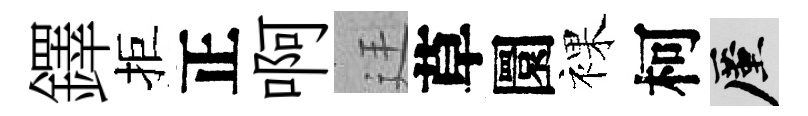
鐸拒正啊廷草圜裸柯厪